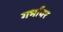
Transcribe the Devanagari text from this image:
गर्भांवर